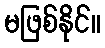
မဖြစ်နိုင်။